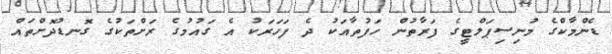
ޑެންމާކްގެ މުނިސިޕަލްޓީގެ ފަރާތުން ހަފުތާއަކު ދެ ފަހަރަކު އެ ގައުމުގެ ރަށްތަކުގެ ގޮނޑުދޮށްތައް